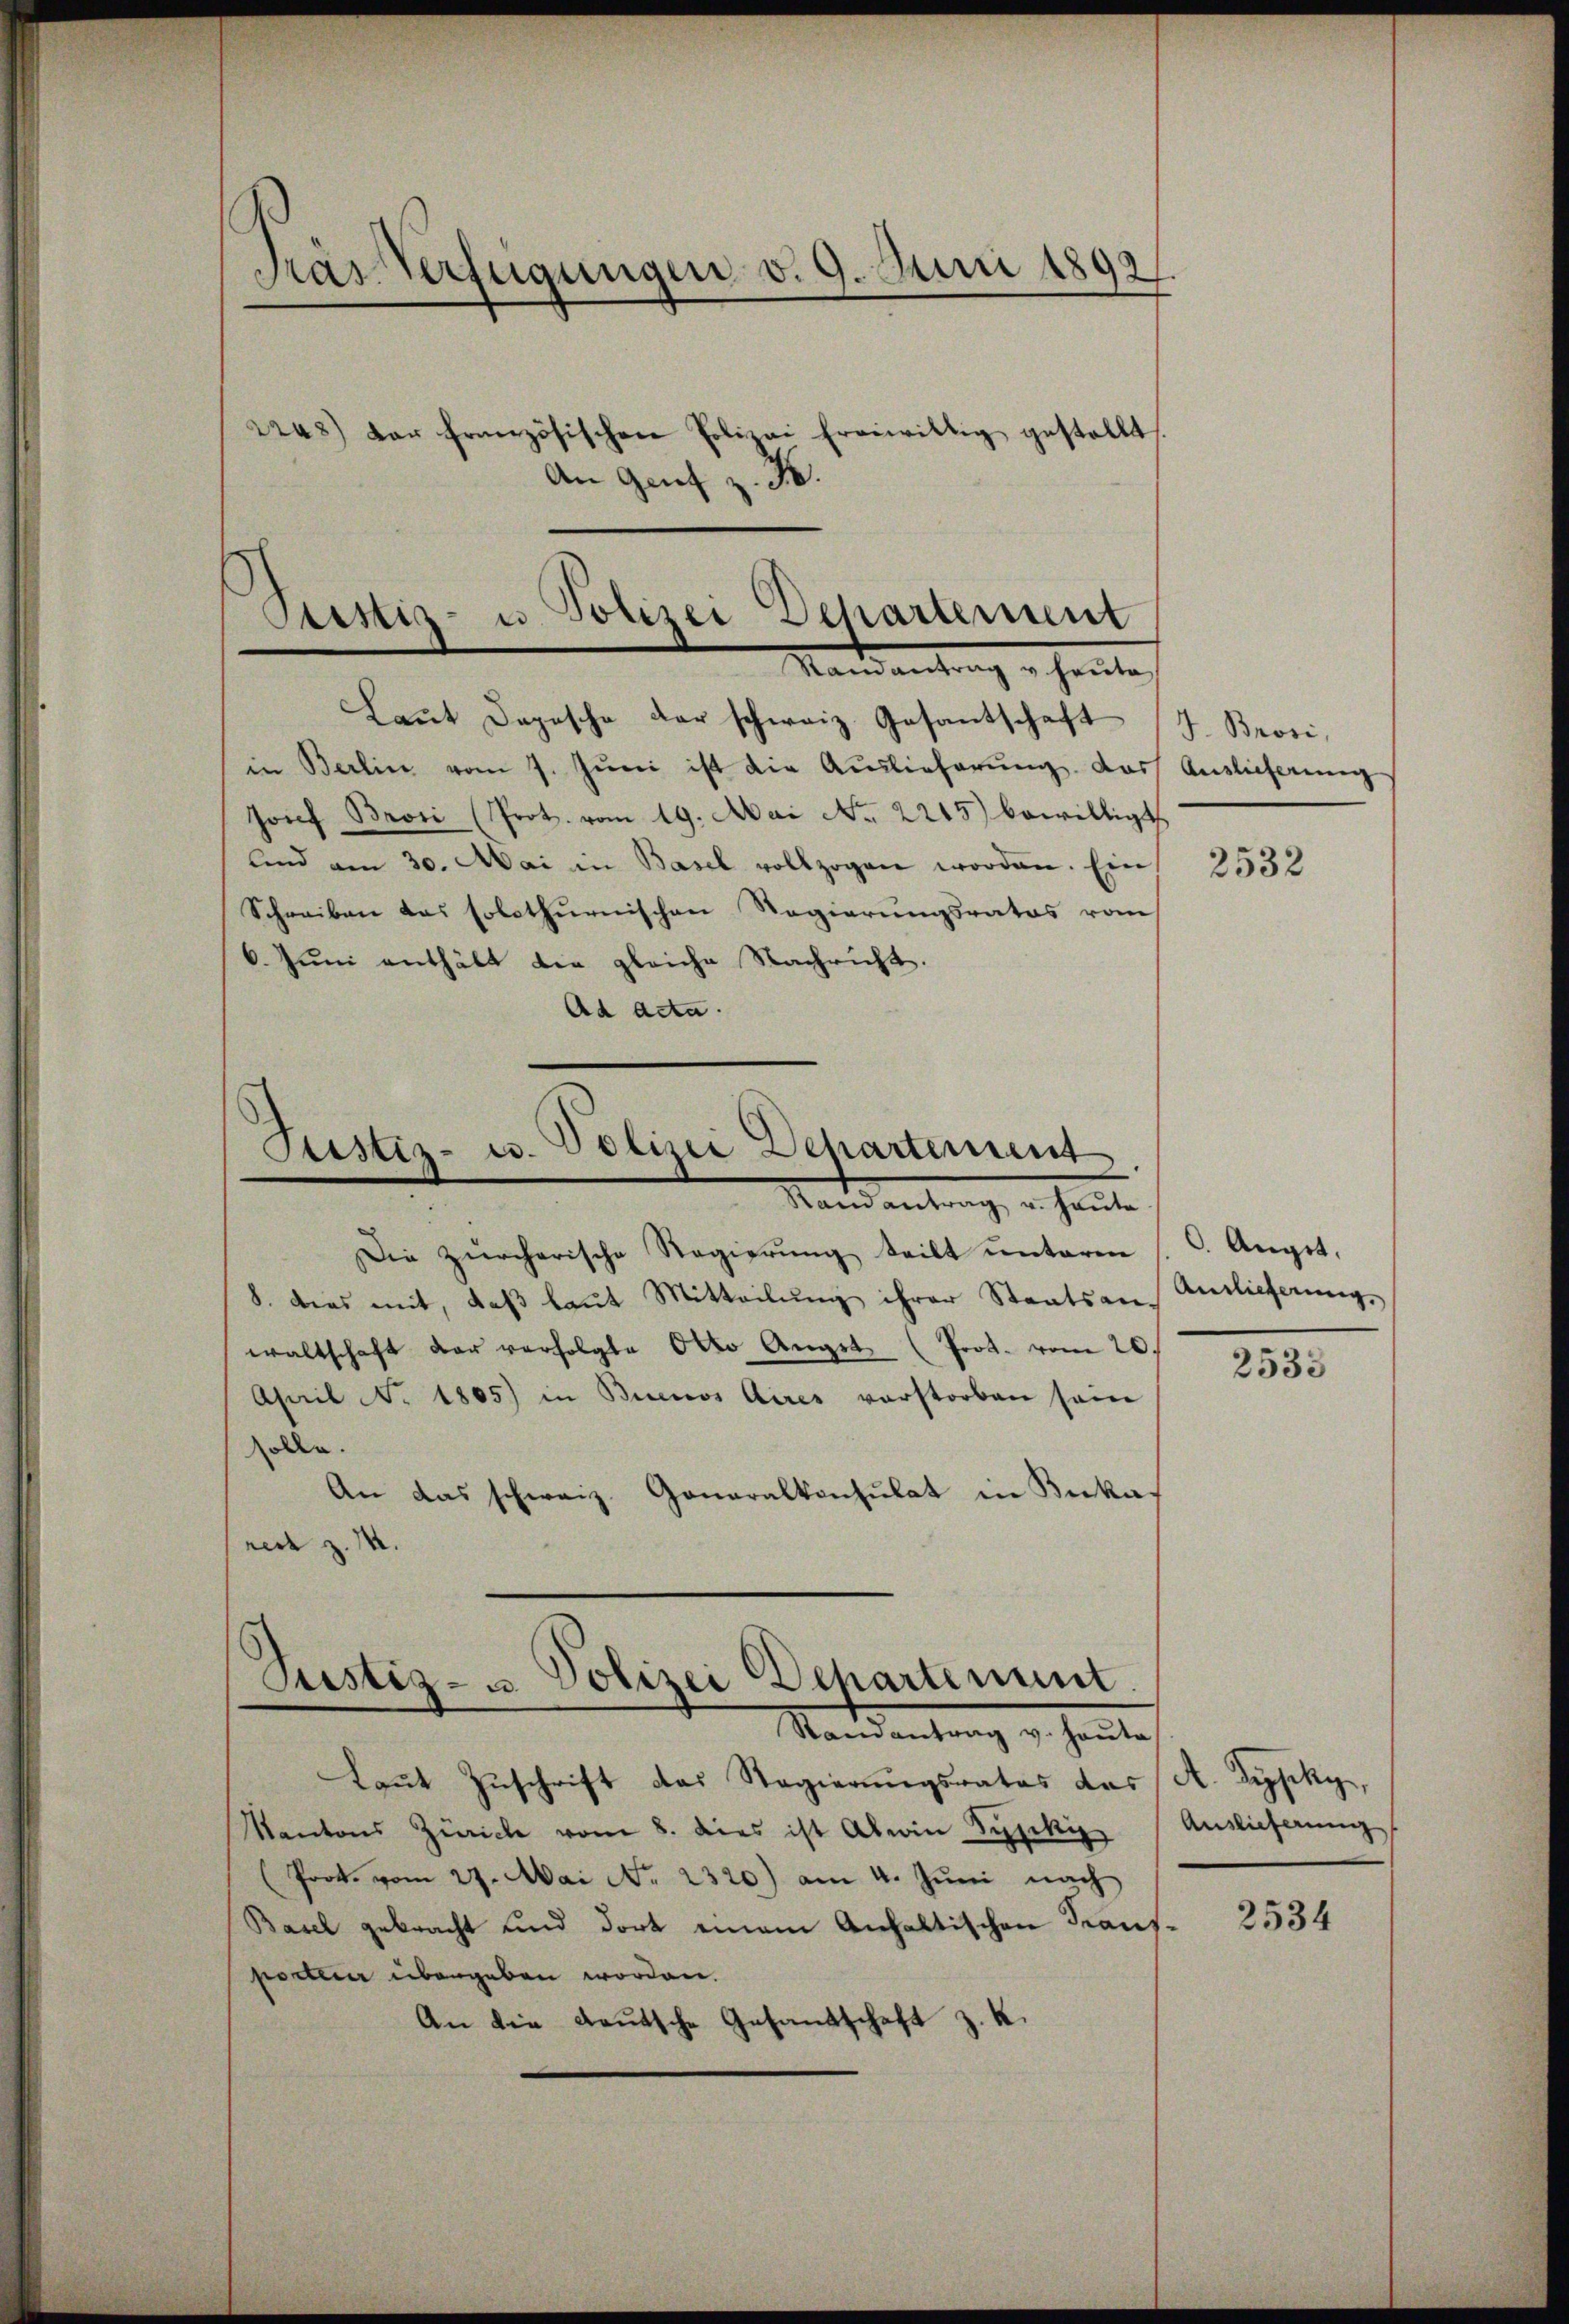
Pras Verfügungen v. 9. Juni 1893
ras) der französischen Polizei freiwillig gestellt
An Genf z. B.

Custiz- u. Polizei Departement
Man antrag u. heute

Laut Depesche der schweiz. Gesantschaft
in Berlin vom 7. Juni ist die Auslieferung. Das
Josef Brosi (Prot. vom 19. Mai No. 2215) bewilligt
und am 30. Mai in Basel vollzogen worden. Ein
Schreiben das solothurnischen Regierungsrates vom
6. Juni enthält die gleiche Nachricht.
Ad acta.

Justiz- u. Polizei Departement
Mandantung, er heute

Die zürcherische Regierung teilt unteren
8. dies mit, daβ laut Mitteilŭng ihrer Staatsan Anlieferung,
waltschaft der verfolgte Otto Angst (Prot. vom 20.
April No 1805) in Buenos Aires verstorben sein
solle.
An das schweiz. Generalkonsulat in Bukas
rect z. M.

Justiz- u. Polizei Departement

Randantrag v. heute
Laut Zuschrift das Regierungsrates das A. Zipfky,
Kantons Zürich vom 8. dies ist Abwin Sypiki Auslieferung
(Prot. vom 27. Mai No 2320) am 4. Juni nach
Basel gebracht und dort einem Anhaltischen Transporteier übergeben worden.
An die deutsche Gesandschaft z. K.

J. Brosi,
Auslieferung

2532

C. Augst,

2533

2534